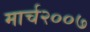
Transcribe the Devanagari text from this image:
मार्च२००७